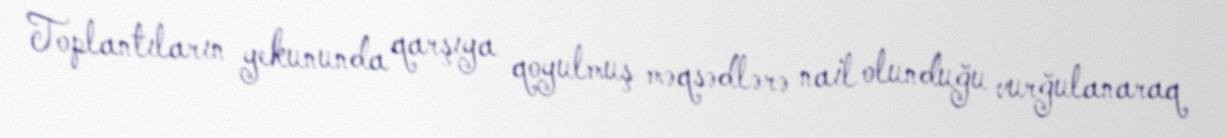
Toplantıların yekununda qarşıya qoyulmuş məqsədlərə nail olunduğu vurğulanaraq